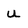
Character: u